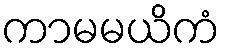
ကာမမယိကံ